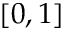
\left[ 0 , 1 \right]